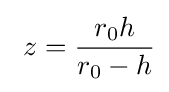
\ z={\frac {r_{0}h}{r_{0}-h}}